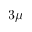
3 \mu